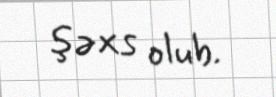
şəxs olub.